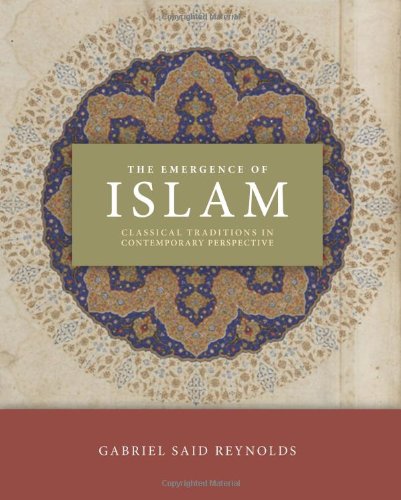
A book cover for The Emergence of Islam: Classical Traditions in Contemporary Perspective; Gabriel Said Reynolds; Religion & Spirituality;